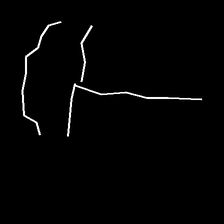
Glyph: dispersion